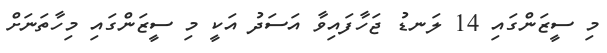
މި ސީޒަންގައި 14 ލަނޑު ޖަހާފައިވާ އަސަދު އަކީ މި ސީޒަންގައި މިހާތަނަށް